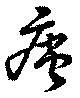
痰